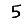
Digit: 5